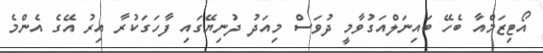
އޯޓިޒަމްއާ ބެހޭ ބައިނަލްއަގުވާމީ ދުވަސް މިއަދު ދުނިޔޭގައި ފާހަގަކުރާ އިރު އޭގެ އެންމެ